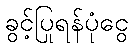
ခွင့်ပြုရန်ပုံငွေ